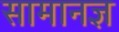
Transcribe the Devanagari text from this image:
सामानज्ञ